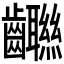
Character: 𱌨